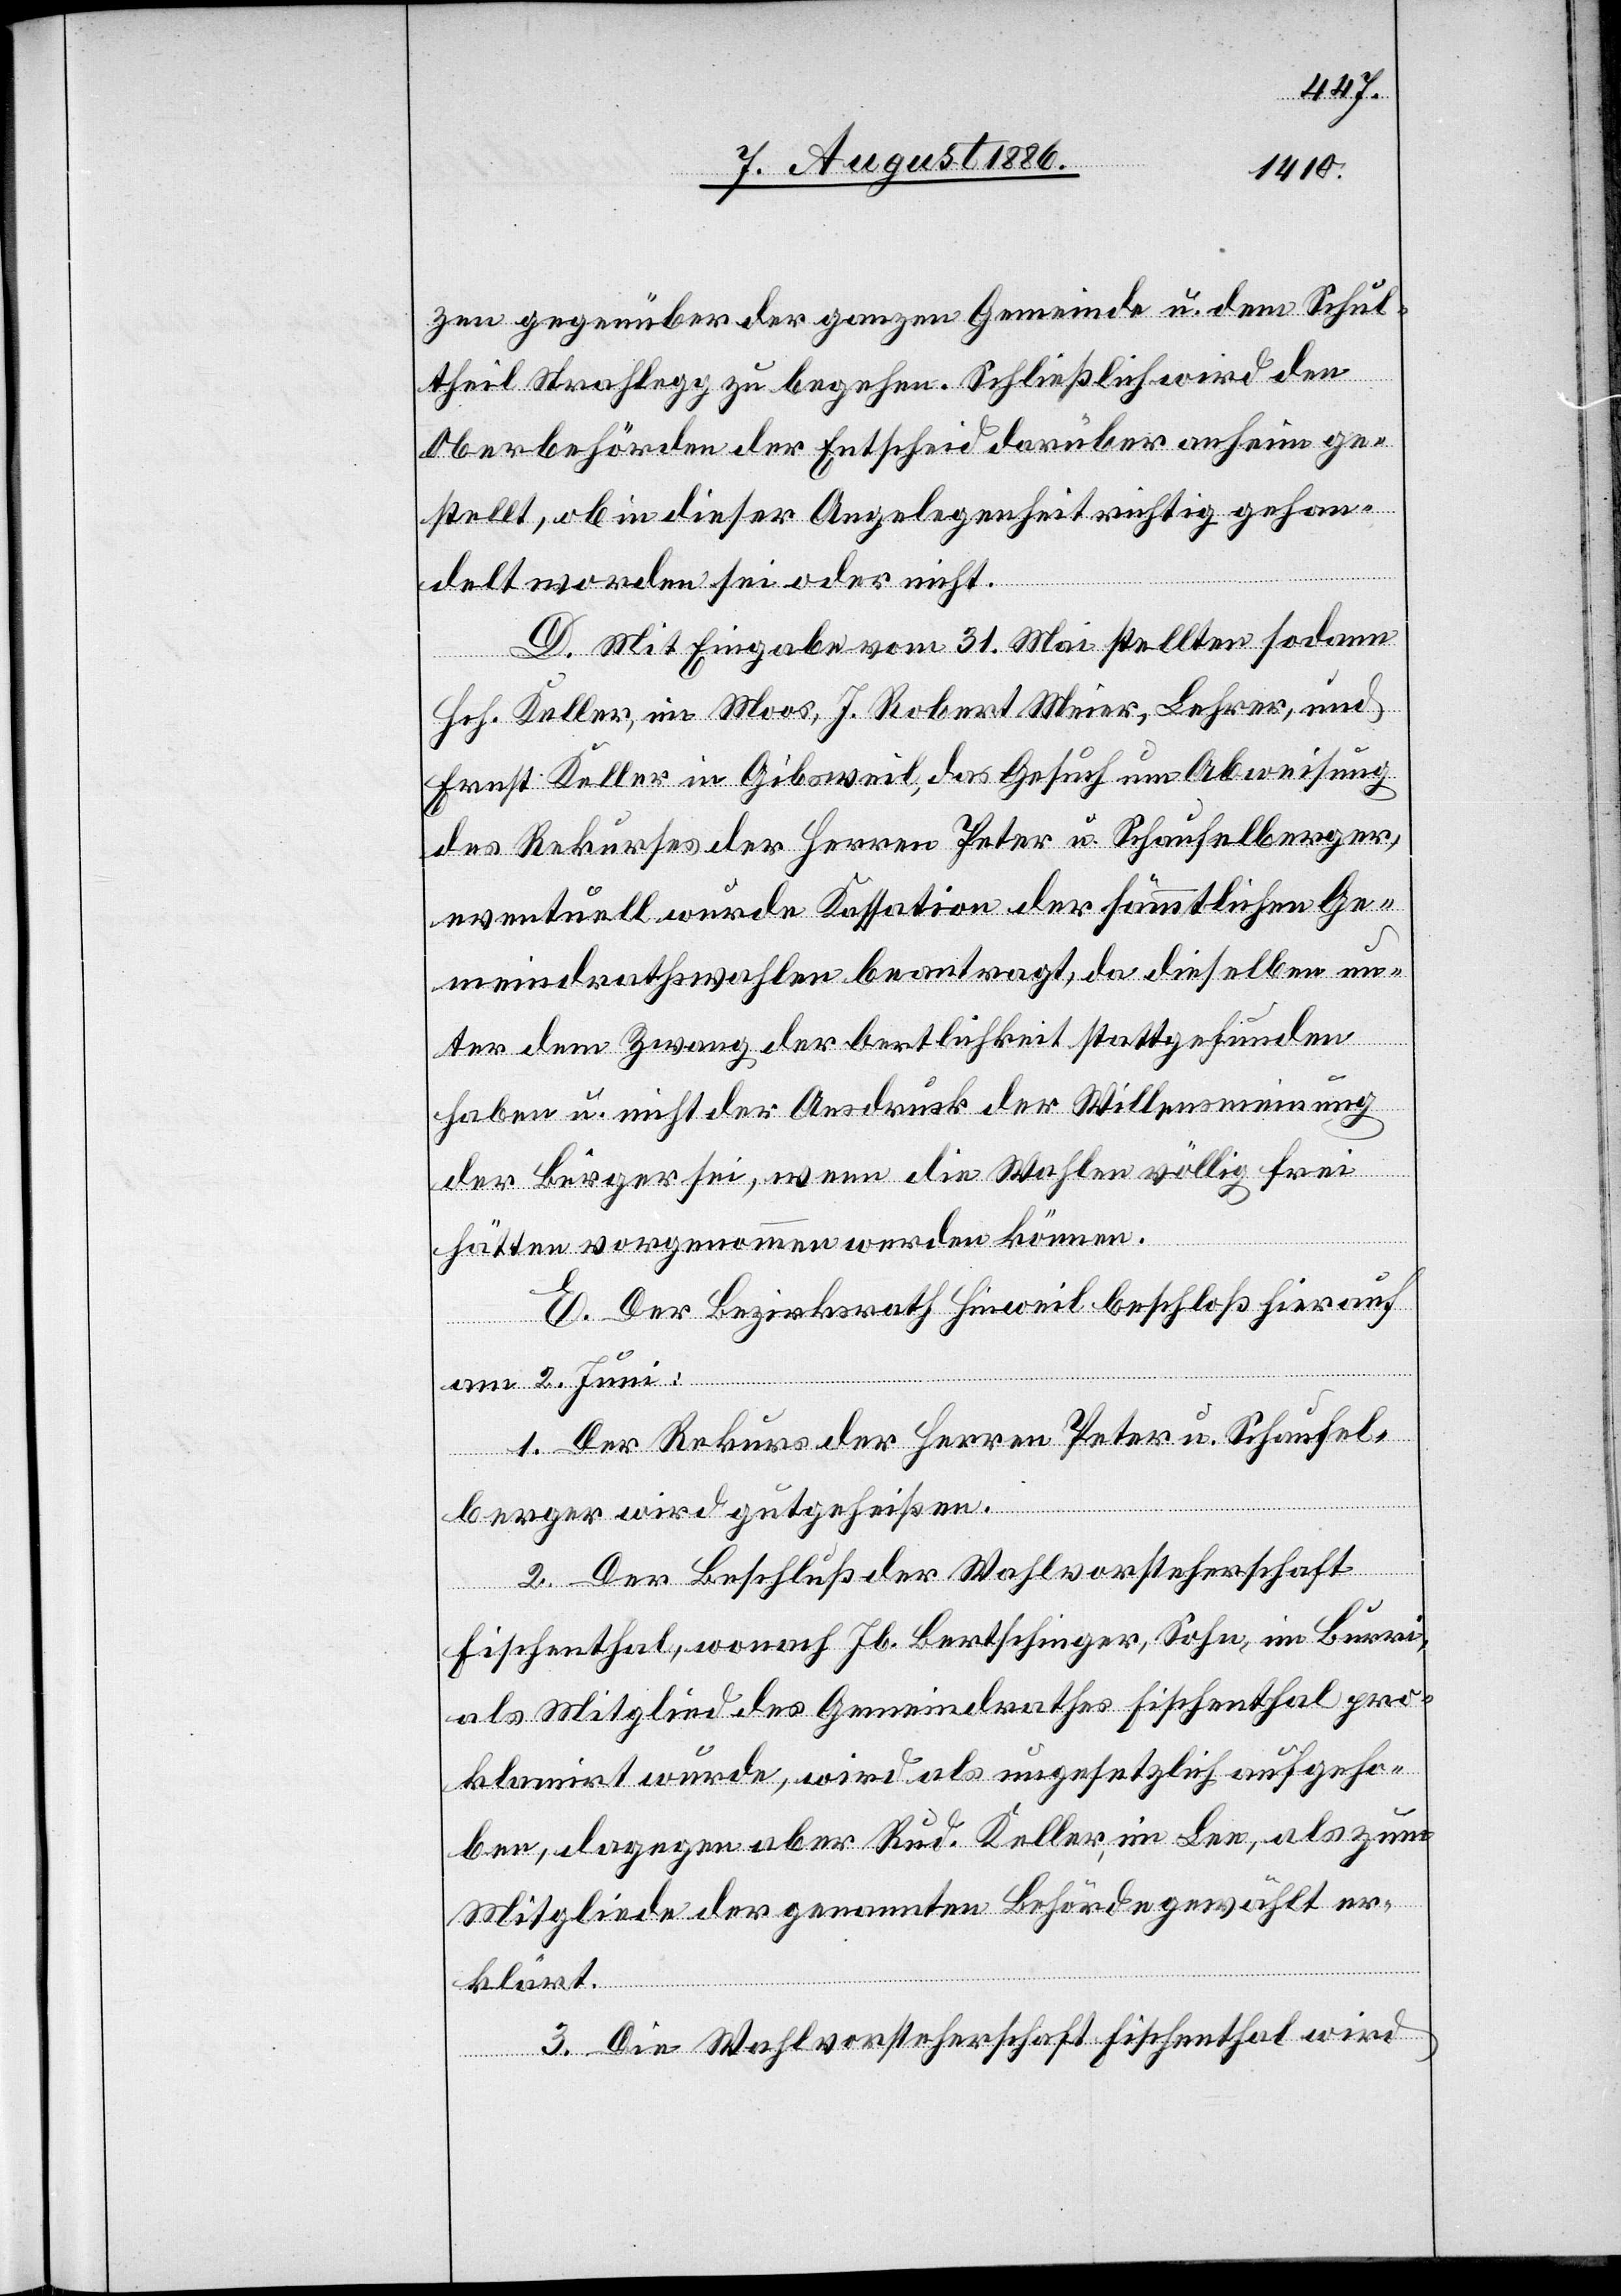
zen gegenüber der ganzen Gemeinde u. dem Schul¬
theil Strahlegg zu begehen. Schließlich wird den
Oberbehörden der Entscheid darüber anheim ge¬
stellt, ob in dieser Angelegenheit richtig gehan¬
delt worden sei oder nicht.
D. Mit Eingabe vom 31. Mai stellten sodann
Hch. Keller, im Moos, J. Robert Meier, Lehrer, und
Ernst Keller in Gibsweil, das Gesuch um Abweisung
des Rekurses der Herren Peter u. Schaufelberger,
eventuell wurde Kassation der sämmtlichen Ge¬
meindrathswahlen beantragt, da dieselben un¬
ter dem Zwang der Oertlichkeit stattgefunden
haben u. nicht der Ausdruck der Willensmeinung
der Bürger sei, wenn die Wahlen völlig frei
hätten vorgenommen werden können.
E. Der Bezirksrath Hinweil beschloß hierauf
am 2. Juni:
1. Der Rekurs der Herren Peter u. Schaufel¬
berger wird gutgeheißen.
2. Der Beschluß der Wahlvorsteherschaft
Fischenthal, wonach Jb. Bertschinger, Sohn, im Burri,
als Mitglied des Gemeindrathes Fischenthal pro¬
klamirt wurde, wird als ungesetzlich aufgeho¬
ben, dagegen aber Rud. Keller, im Lee, als zum
Mitgliede der genannten Behörde gewählt er¬
klärt.
3. Die Wahlvorsteherschaft Fischenthal wird